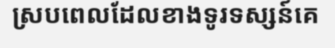
ស្របពេលដែលខាងទូរទស្សន៍គេ